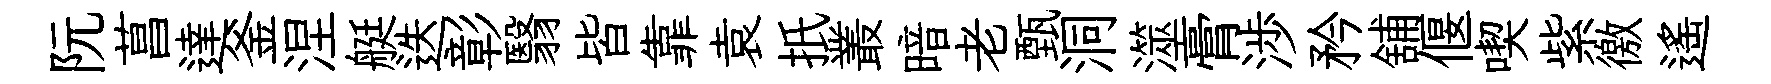
阮菖達釜涅艇迭彰翳皆靠袁扺叢暗老甄洞澨膏渉矜舖偃喫紫徼遙